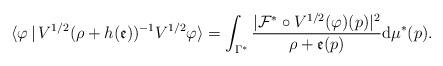
LaTeX: \begin{align*}\langle {\varphi }\,|\,V^{1/2}(\rho +h(\mathfrak{e}))^{-1}V^{1/2}{\varphi }\rangle =\int_{\Gamma^{\ast }}\frac{|\mathcal{F}^{\ast }\circ V^{1/2}({\varphi })(p)|^{2}}{\rho +\mathfrak{e}(p)}\mathrm{d}\mu^{\ast }(p).\end{align*}